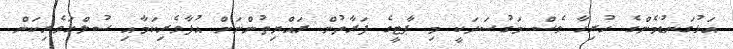
އަޅުގަނޑުމެންގެ ހުރިހާ ވެސް މަގުސަދަކީ މި ޕާޓީގެ ފަރާތުން ރައްޔިތުންނަށް އުފާވެރިކަމާއި ސުލްހަވެރިކަން